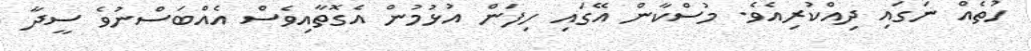
ހުތެއް ނަގައި ދިއްކުރިއެވެ. މުސްކާން އޭގައި ހިފަން އުޅުމުން އެގޮތާއިވެސް އެއްބަސްނުވެ ސީދާ